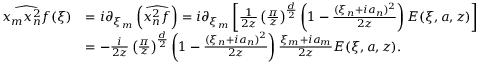
\begin{array} { r l } { \widehat { x _ { m } x _ { n } ^ { 2 } f } ( \xi ) } & { = i \partial _ { \xi _ { m } } \left( \widehat { x _ { n } ^ { 2 } f } \right) = i \partial _ { \xi _ { m } } \left[ \frac { 1 } { 2 z } \left( \frac { \pi } { z } \right) ^ { \frac { d } { 2 } } \left( 1 - \frac { ( \xi _ { n } + i a _ { n } ) ^ { 2 } } { 2 z } \right) E ( \xi , a , z ) \right] } \\ & { = - \frac { i } { 2 z } \left( \frac { \pi } { z } \right) ^ { \frac { d } { 2 } } \left( 1 - \frac { ( \xi _ { n } + i a _ { n } ) ^ { 2 } } { 2 z } \right) \frac { \xi _ { m } + i a _ { m } } { 2 z } E ( \xi , a , z ) . } \end{array}